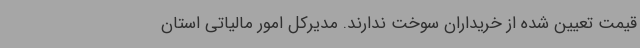
قیمت تعیین شده از خریداران سوخت ندارند. مدیرکل امور مالیاتی استان